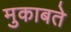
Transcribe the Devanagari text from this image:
मुकाबते